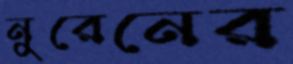
নুরেনের